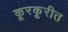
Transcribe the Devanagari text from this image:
कूरकूरीत